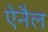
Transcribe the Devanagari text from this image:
ऐनैल